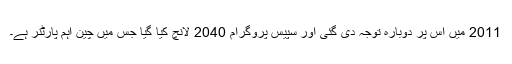
2011 میں اس پر دوبارہ توجہ دی گئی اور سپیس پروگرام 2040 لانچ کیا گیا جس میں چین اہم پارٹنر ہے۔